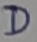
Text: D